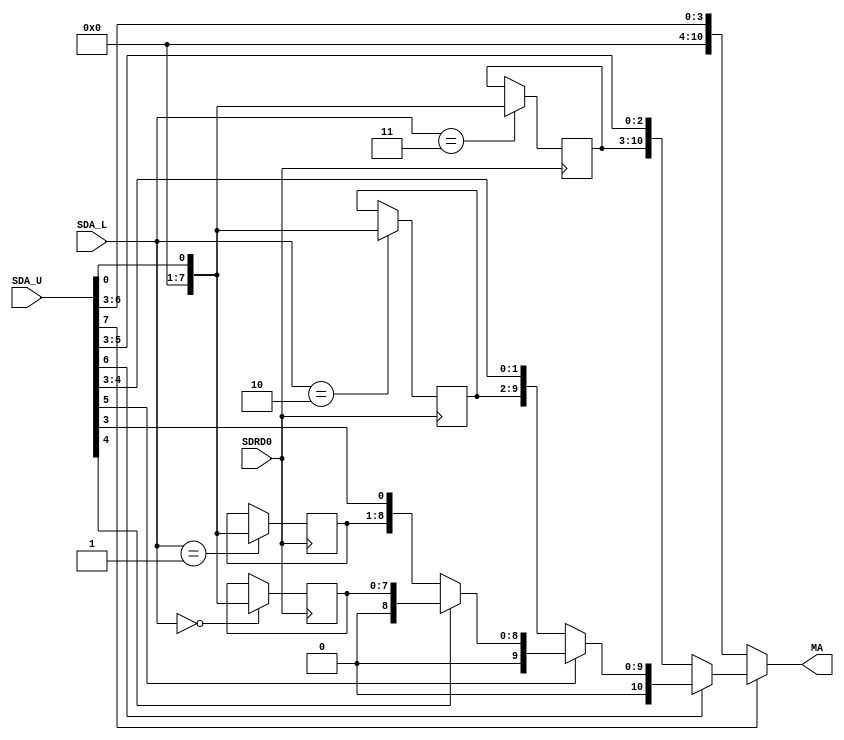
module zmc(
	input SDRD0,
	input [1:0] SDA_L,
	input [15:8] SDA_U,
	output [21:11] MA
);

	// Initialize ?
	//      Z80         ROM          Region	Reg
	// 1E = F000~F7FF = F000~F7FF		1111		(0)
	// 0E = E000~EFFF = E000~EFFF		1110		(1)
	// 06 = C000~DFFF = C000~DFFF		110x		(2)
	// 02 = 8000~BFFF = 8000~BFFF		10xx		(3)
	
	//                      IIII Iiii
	//                      MMMM M
	// 0001 1110 -> 00 0xxx 1111 0--- ---- ----
	// 0000 1110 -> 00 xxxx 1110 ---- ---- ----
	// 0000 0110 -> 0x xxxx 110- ---- ---- ----
	// 0000 0010 -> xx xxxx 10-- ---- ---- ----
	// MA:          xx xxxx xxxx x--- ---- ----

	wire BANKSEL = SDA_U[15:8];		// SDA15 used for something else ?
	
	reg [7:0] RANGE_0;					// 2048 ? Can only access max. 512kB ROM
	reg [7:0] RANGE_1;					// 1024 ? Can only access max. 1MB ROM
	reg [7:0] RANGE_2;					// 512 ?  Can only access max. 2MB ROM
	reg [7:0] RANGE_3;
	
	assign MA = SDA_U[15] ?				// In mapped region ?
						~SDA_U[14] ?
							{RANGE_3, SDA_U[13:11]} :					// 8000~BFFF
							~SDA_U[13] ?
								{1'b0, RANGE_2, SDA_U[12:11]} :		// C000~DFFF
								~SDA_U[12] ?
									{2'b00, RANGE_1, SDA_U[11]} :		// E000~EFFF
									{3'b000, RANGE_0} :					// F000~F7FF
					{6'b000000, SDA_U[15:11]};							// Pass through

	always @(posedge SDRD0)
	begin
		case (SDA_L)
			0: RANGE_0 <= BANKSEL;
			1: RANGE_1 <= BANKSEL;
			2: RANGE_2 <= BANKSEL;
			3: RANGE_3 <= BANKSEL;
		endcase
	end
	
endmodule